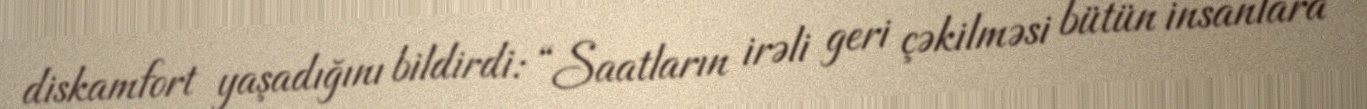
diskamfort yaşadığını bildirdi: “Saatların irəli geri çəkilməsi bütün insanlara